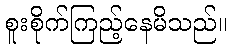
စူးစိုက်ကြည့်နေမိသည်။